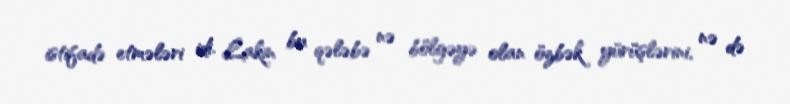
istifadə etmələri idi. Lakin bu qələbə nə bölgəyə olan özbək yürüşlərini, nə də